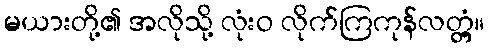
မယားတို့၏ အလိုသို့ လုံးဝ လိုက်ကြကုန်လတ္တံ့။